Sanitation, dispensaries and jails vaccination Rajputana 1922-1927 - 1922-1927
Year: 1922
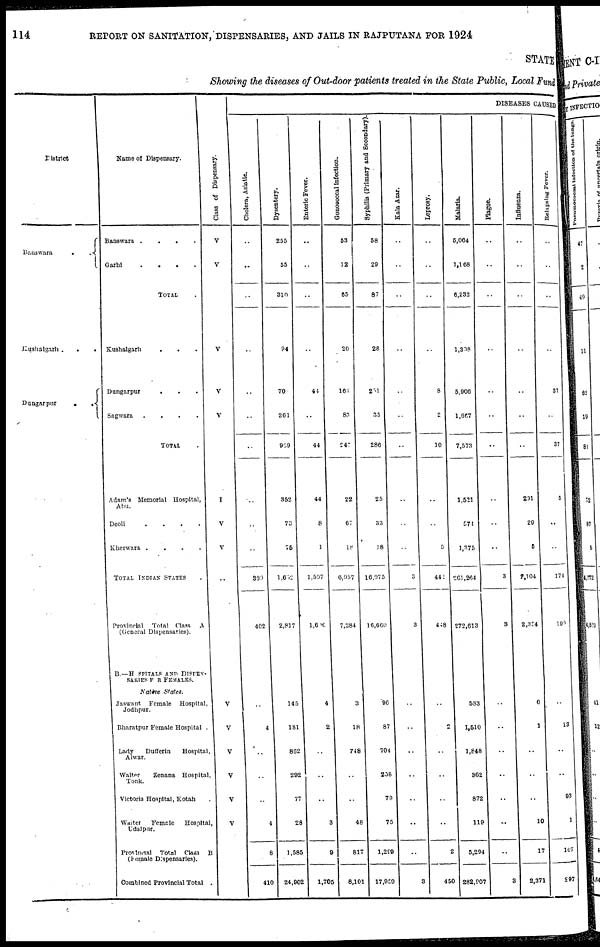
114
REPORT ON SANITATION, DISPENSARIES, AND JAILS IN RAJPUTANA FOR 1924
STATE
Showing the diseases of Out-door patients treated in the State Public, Local Fund
District
Banswara . .
Kushalgarh .
.
.
Dungarpur
.
. .
Name of Dispensary.
Banswara .
.
.
.
Garhi
.
.
.
.
TOTAL .
Kushalgarh . . .
Dungarpur . .
.
Sagwara
.
.
.
.
TOTAL .
Adam's Memorial Hospital,
Abu.
Deoli
.
.
.
.
Kherwara .
.
.
.
TOTAL INDIAN STATES .
Provincial
Total Class A
(General Dispensaries).
B.—H SPITALS AND DISPEN¬
SARIES FOR FEMALES.
Native
States.
Jaswant
Female
Hospital,
Jodhpur.
Bharatpur Female Hospital .
Lady
Dufferin
Hospital,
Alwar.
Walter
Zenana Hospital,
Tonk.
Victoria Hospital, Kotah
Waiter
Female
Hospital
Udaipur.
Provincial Total
Class B
(Female Dispensaries).
Combined Provincial Total .
Class of Dispensary.
V
V
V
V
V
I
V
V
..
V
V
V
V
V
V
DISEASES CAUSED
Cholera, Asiatic
..
..
..
..
..
..
..
..
..
..
309
402
..
4
..
..
..
4
8
410
Dysentery.
255
55
310
94
70
261
969
352
73
75
1,652
2,817
145
181
862
292
77
28
1,585
24,902
Enteric Fever.
..
..
..
..
44
..
44
44
8
1
1,597
1,600
4
2
..
..
..
3
9
1,705
Gonococcal infection.
53
12
65
20
164
83
247
22
67
18
6,957
7,284
3
18
748
..
..
48
817
8,101
Syphilis (Primary and Secondary).
58
29
87
28
251
35
286
25
33
18
16,075
16,660
96
87
704
258
79
75
1,299
17,959
Kala Azar.
..
..
..
..
..
..
..
..
..
..
3
3
..
..
..
..
..
..
..
3
Leprosy.
..
..
..
..
8
2
10
..
..
5
442
448
..
2
..
..
..
..
..
450
Malaria.
5,064
1,168
6,232
1,308
5,906
1,667
7,573
1,521
571
1,375
261,264
272,613
583
1,510
1,848
362
872
119
5,294
282,907
Plague.
..
..
..
..
..
..
..
..
..
..
3
3
..
..
..
..
..
..
..
3
Influenza.
..
..
..
..
..
..
..
291
29
5
2,104
2,354
6
1
..
..
..
10
17
2,371
Relapsing Fever.
..
..
..
..
37
..
37
5
..
..
174
199
..
13
..
..
93
1
107
297